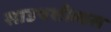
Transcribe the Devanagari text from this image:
साउथशील्डस